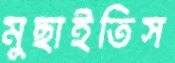
মুছাইতিস